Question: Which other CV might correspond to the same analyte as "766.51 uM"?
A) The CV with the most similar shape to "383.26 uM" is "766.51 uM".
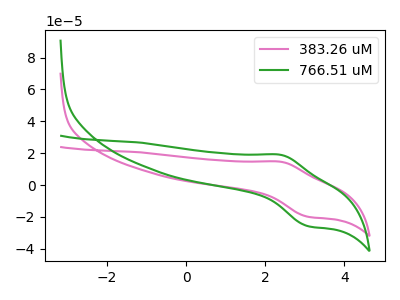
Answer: <think>The pink curve "383.26 uM" has an anodic peak at (2.40V, 14.65uA) and a cathodic peak at (3.10V, -19.85uA). The green curve "766.51 uM" has an anodic peak at (2.40V, 19.00uA) and a cathodic peak at (3.10V, -25.75uA).
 All the peaks in "383.26 uM" have a peak in "766.51 uM" at the same potential. Every peak in "383.26 uM" is lower than every peak in "766.51 uM".</think>
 <answer>A) The CV with the most similar shape to "383.26 uM" is "766.51 uM".</answer>
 <eval>A</eval>